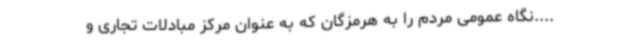
....نگاه عمومی مردم را به هرمزگان که به عنوان مرکز مبادلات تجاری و